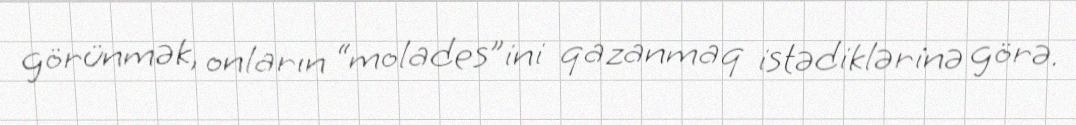
görünmək, onların “molades”ini qazanmaq istədiklərinə görə.